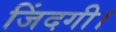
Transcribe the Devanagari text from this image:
जिंदगी।